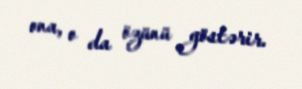
ona, o da özünü göstərir.